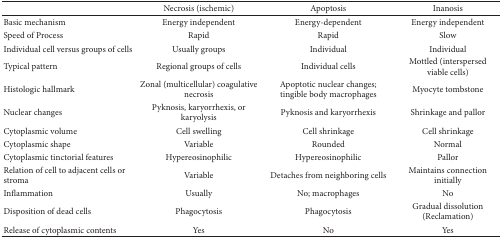
<table><thead><tr><td><b> </b></td><td><b>Necrosis (ischemic)</b></td><td><b>Apoptosis</b></td><td><b>Inanosis</b></td></tr></thead><tbody><tr><td>Basic mechanism</td><td>Energy independent</td><td>Energy-dependent</td><td>Energy independent</td></tr><tr><td>Speed of Process</td><td>Rapid</td><td>Rapid</td><td>Slow</td></tr><tr><td>Individual cell versus groups of cells</td><td>Usually groups</td><td>Individual</td><td>Individual</td></tr><tr><td>Typical pattern</td><td>Regional groups of cells</td><td>Individual cells</td><td>Mottled (interspersed viable cells)</td></tr><tr><td>Histologic hallmark</td><td>Zonal (multicellular) coagulative necrosis</td><td>Apoptotic nuclear changes; tingible body macrophages</td><td>Myocyte tombstone</td></tr><tr><td>Nuclear changes</td><td>Pyknosis, karyorrhexis, or karyolysis</td><td>Pyknosis and karyorrhexis</td><td>Shrinkage and pallor</td></tr><tr><td>Cytoplasmic volume </td><td>Cell swelling</td><td>Cell shrinkage</td><td>Cell shrinkage</td></tr><tr><td>Cytoplasmic shape</td><td>Variable</td><td>Rounded</td><td>Normal</td></tr><tr><td>Cytoplasmic tinctorial features</td><td>Hypereosinophilic</td><td>Hypereosinophilic</td><td>Pallor</td></tr><tr><td>Relation of cell to adjacent cells or stroma</td><td>Variable</td><td>Detaches from neighboring cells</td><td>Maintains connection initially</td></tr><tr><td>Inflammation</td><td>Usually</td><td>No; macrophages</td><td>No</td></tr><tr><td>Disposition of dead cells</td><td>Phagocytosis</td><td>Phagocytosis</td><td>Gradual dissolution (Reclamation)</td></tr><tr><td>Release of cytoplasmic contents</td><td>Yes</td><td>No</td><td>Yes</td></tr></tbody></table>